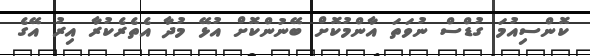
ކޮންސިއުމަ ގުޑްސް ނުވަތަ އާންމުކޮށް ބޭނުންކޮށް އުޅޭ މުދާ އެތެރެކުރާ އިރު އޭގެ